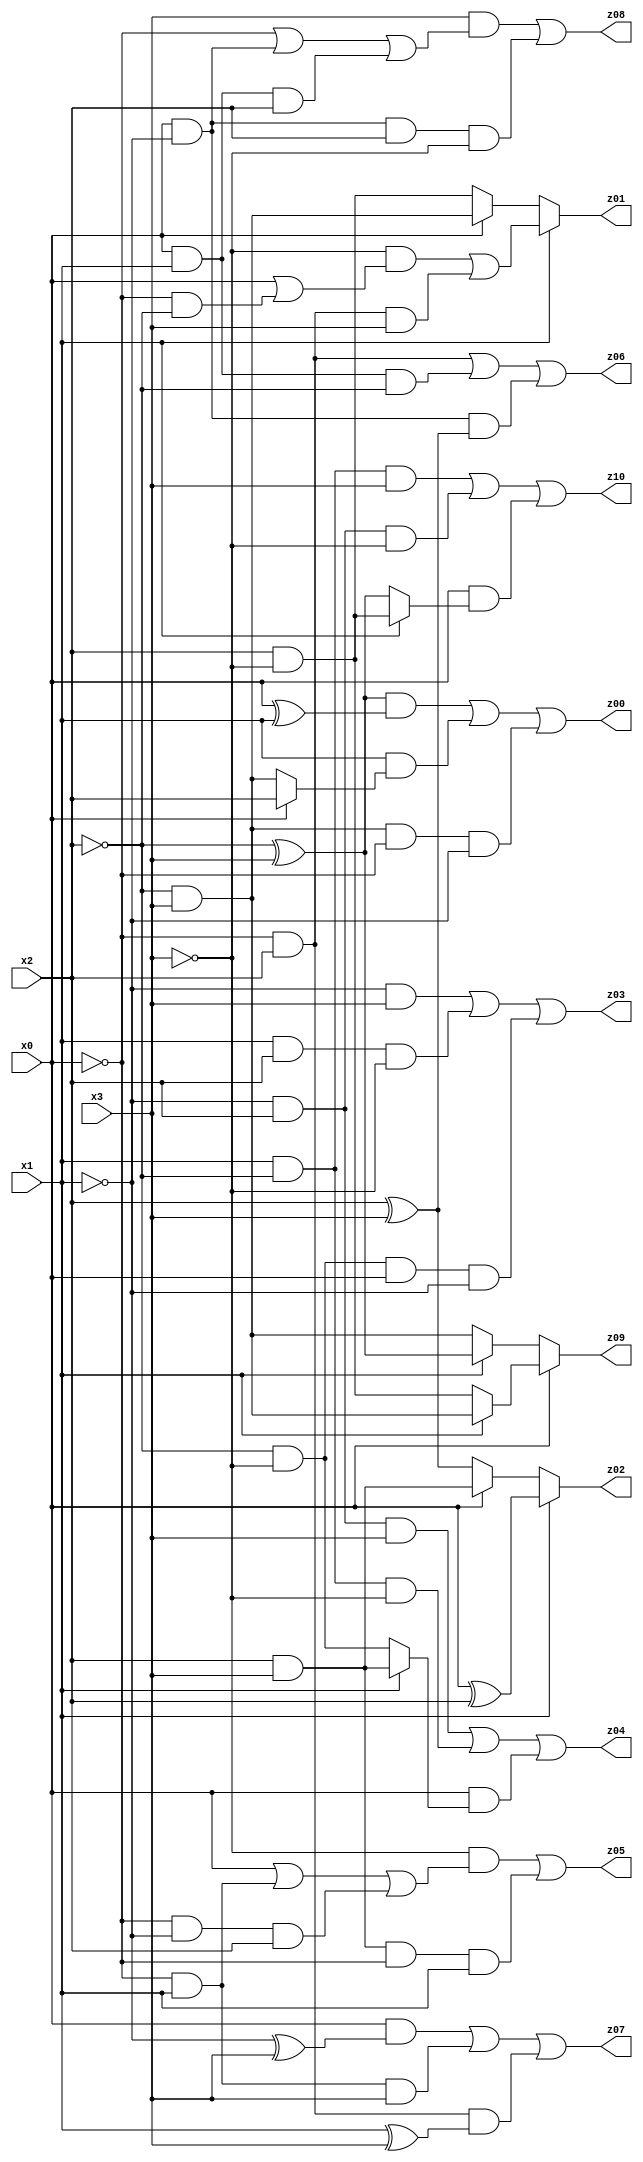
// Benchmark "X_67" written by ABC on Mon Jun 05 06:35:19 2023

module X_67 ( 
    x0, x1, x2, x3,
    z00, z01, z02, z03, z04, z05, z06, z07, z08, z09, z10  );
  input  x0, x1, x2, x3;
  output z00, z01, z02, z03, z04, z05, z06, z07, z08, z09, z10;
  assign z00 = ((~x2 ^ x3) & (x0 ^ x1)) | (x1 & (x0 ? x2 : (~x2 & x3))) | (~x2 & x3 & ~x0 & ~x1);
  assign z01 = x1 ? ((~x3 & (x0 | (~x0 & ~x2))) | (~x0 & x2 & x3)) : (x0 ? (~x2 & x3) : (x2 & ~x3));
  assign z02 = x1 ? (x0 ^ x2) : (x0 ? (x2 & x3) : (x2 ^ x3));
  assign z03 = (~x1 & x3) | (x1 & x2 & ~x3) | (~x2 & ~x3 & x0 & ~x1);
  assign z04 = (~x1 & x2 & x3) | (x1 & ~x2 & ~x3) | (x0 & (x1 ? (x2 & x3) : (~x2 & ~x3)));
  assign z05 = (~x3 & (x0 | (~x0 & x1) | (~x0 & ~x1 & x2))) | (x2 & x3 & ~x0 & x1);
  assign z06 = (~x0 & x2) | (x0 & x1 & ~x2) | (x0 & ~x1 & (x2 ^ x3));
  assign z07 = (x0 & (~x1 ^ x3)) | (~x0 & x1 & x3) | (~x0 & x2 & (x1 ^ x3));
  assign z08 = (x3 & (~x0 | (x0 & ~x1) | (x0 & x1 & x2))) | (x0 & ~x1 & x2 & ~x3);
  assign z09 = x0 ? (x1 ? (~x2 & x3) : (x2 & ~x3)) : (x1 ? (~x2 ^ x3) : (~x2 & x3));
  assign z10 = (x1 & ~x2 & x3) | (~x1 & x2 & ~x3) | (x0 & (x1 ? (x2 & ~x3) : (~x2 ^ x3)));
endmodule